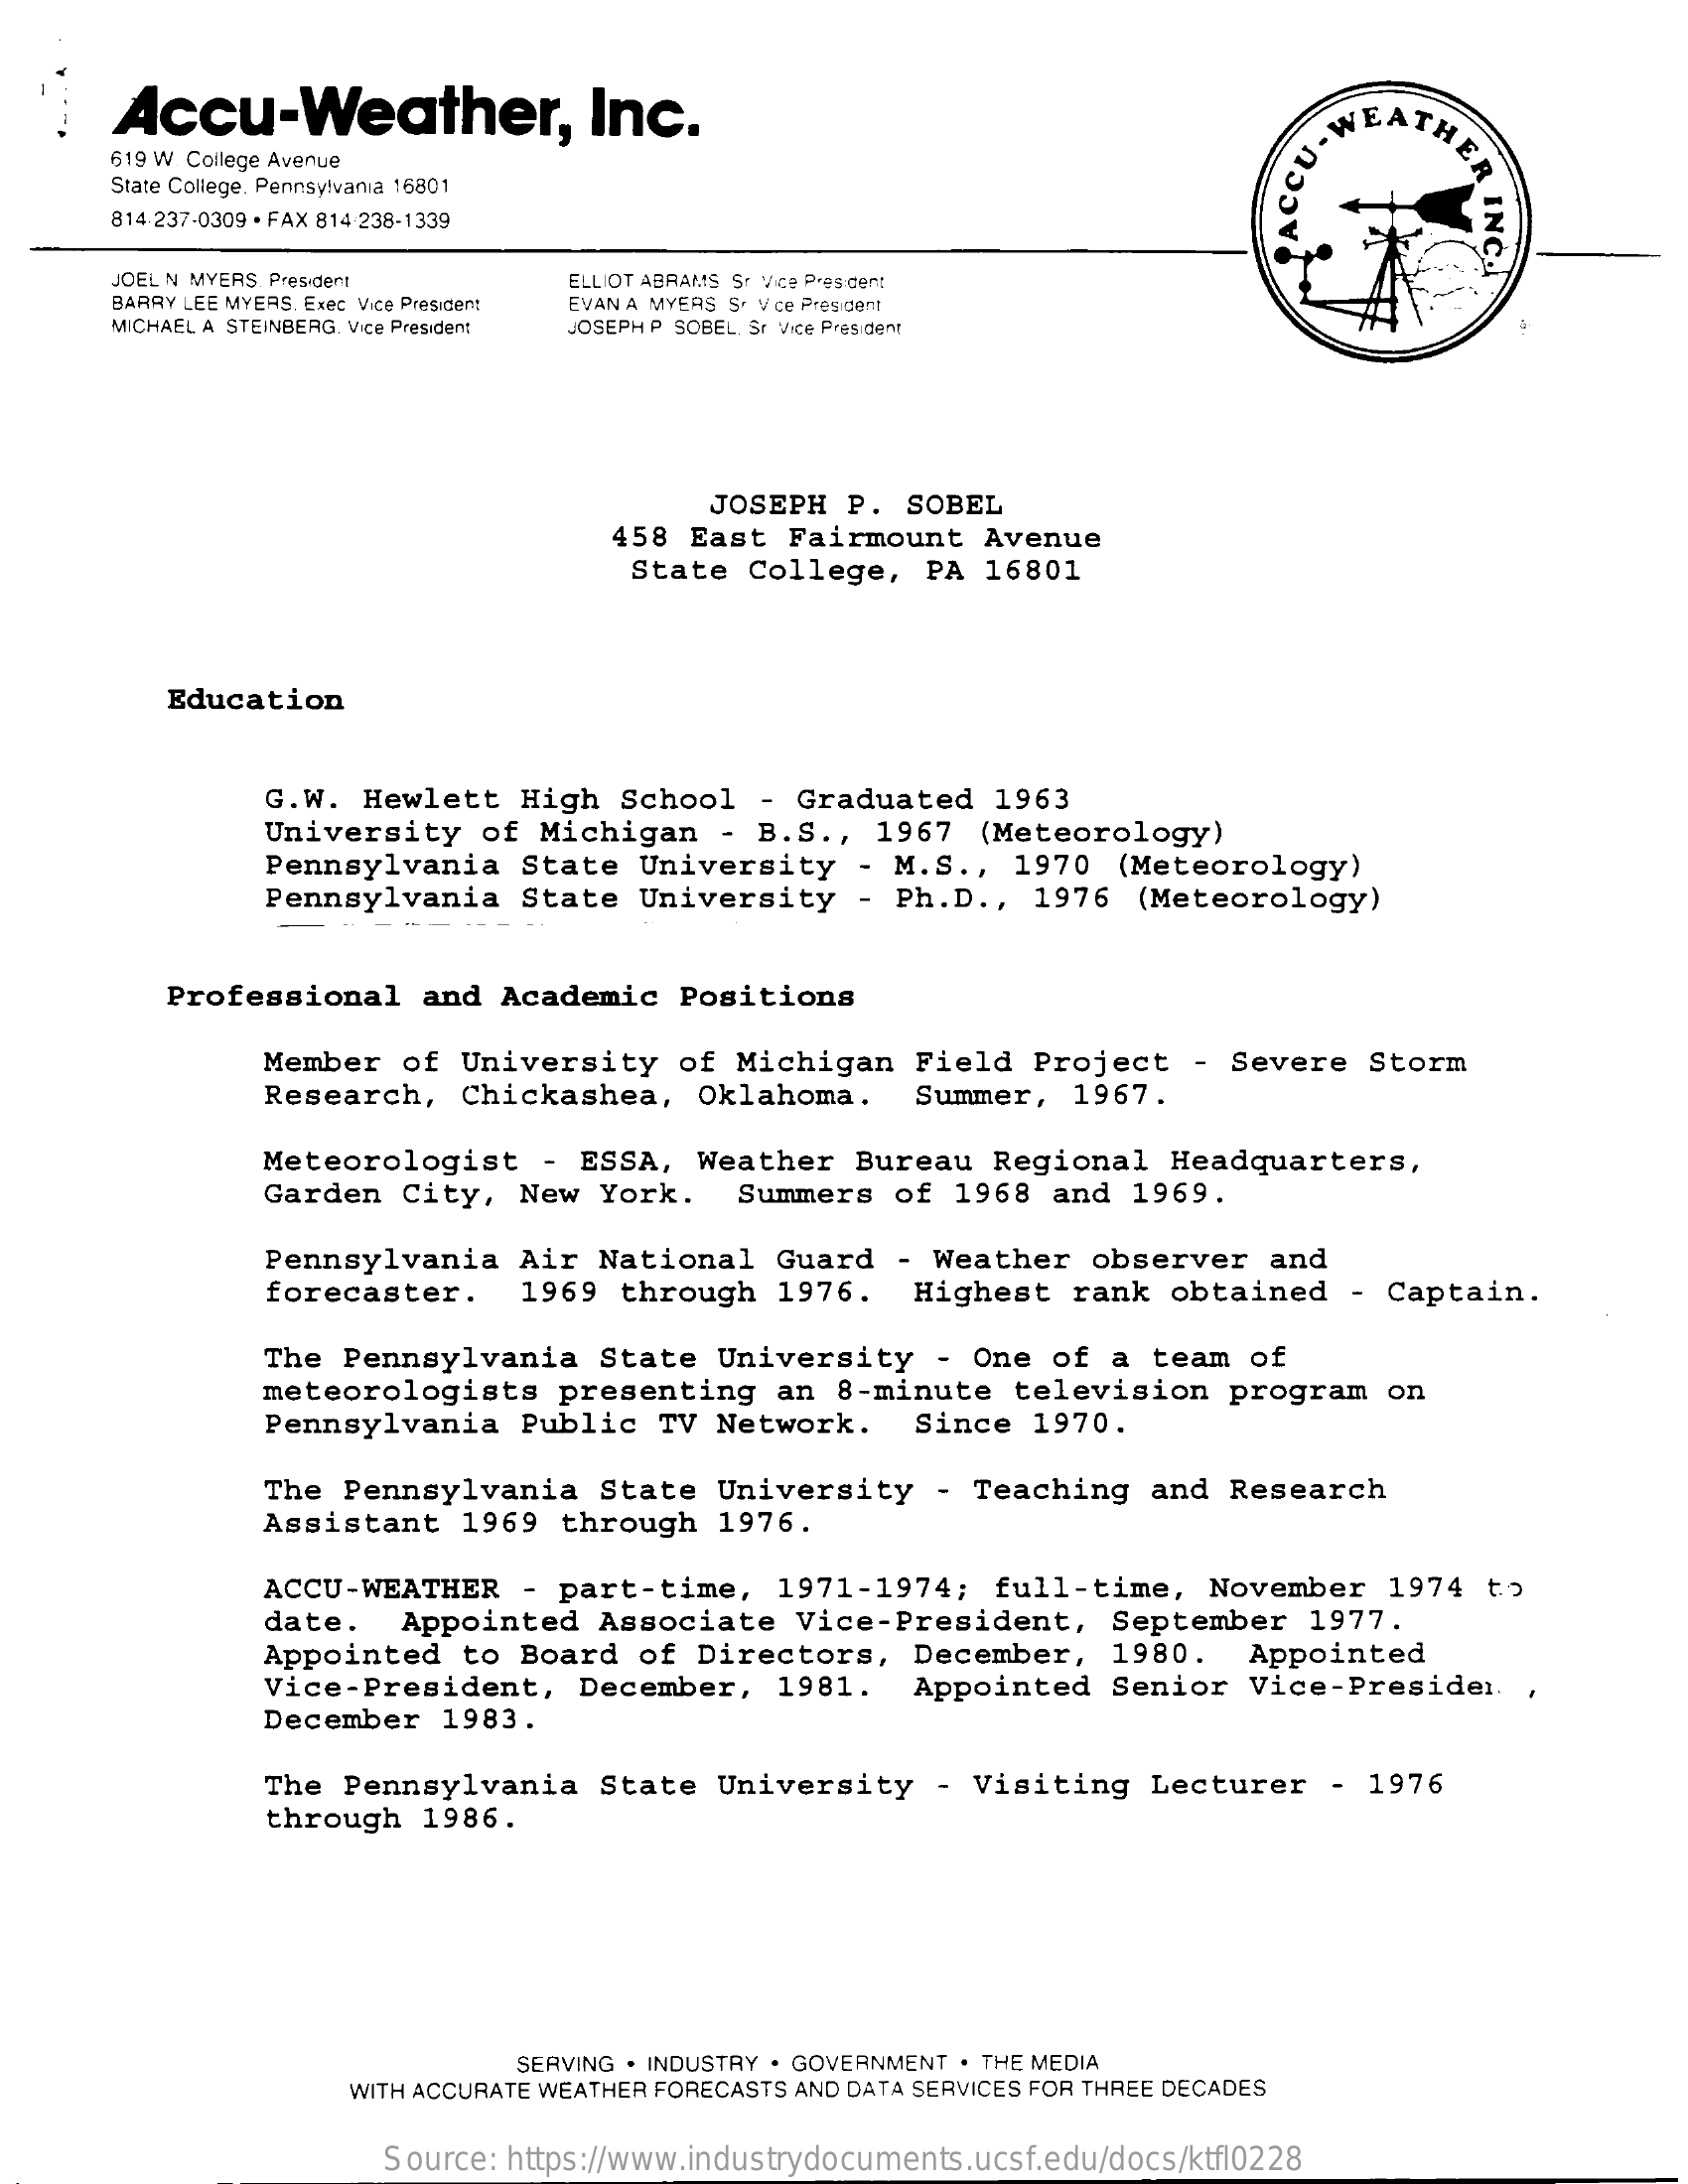
Accu-Weather,    Inc.    WEATHER ER
     INC.
     619 W. College Avenue
     State College. Pennsylvania 15801
     814-237-0309 · FAX 814 238-1339
     ACCU.
     JOEL N MYERS, President    ELLIOT ABRAMS Sr Vice President
     BARRY LEE MYERS. Exec Vice President EVAN A MYERS S. Vice President
     MICHAEL A STEINBERG Vice President JOSEPH P SOBEL Sr Vice President
     JOSEPH   P. SOBEL
     458 East   Fairmount   Avenue
     State  College,    PA 16801
     Education
     G.W.  Hewlett   High   School   - Graduated    1963
     University    of  Michigan   -  B. S ., 1967  (Meteorology)
     Pennsylvania    State  University    - M.S  ., 1970   (Meteorology)
     Pennsylvania    State  University    -  Ph. D ., 1976  (Meteorology)
     Professional    and  Academic    Positions
     Member   of  University    of Michigan    Field   Project   - Severe   Storm
     Research,    Chickashea,    Oklahoma.    Summer,   1967.
     Meteorologist    - ESSA,   Weather   Bureau   Regional   Headquarters,
     Garden   City,  New   York.    Summers  of  1968   and  1969.
     Pennsylvania    Air  National    Guard   - Weather   observer    and
     forecaster.    1969  through   1976.    Highest   rank  obtained    - Captain.
     The  Pennsylvania    State  University    -  One  of  a team  of
     meteorologists    presenting    an  8-minute   television    program   on
     Pennsylvania    Public    TV Network.    Since   1970.
     The  Pennsylvania    State  University    -  Teaching   and  Research
     Assistant    1969  through   1976.
     ACCU-WEATHER    - part-time,    1971-1974;    full-time,    November   1974   to
     date.    Appointed   Associate    Vice-President,    September   1977.
     Appointed    to Board   of  Directors,    December,    1980.
     Vice-President,    December,    1981.
     Appointed
     Appointed    Senior  Vice-Presider    ,
     December   1983.
     The  Pennsylvania    State  University    -  Visiting   Lecturer    - 1976
     through   1986.
     SERVING . INDUSTRY . GOVERNMENT . THE MEDIA
     WITH ACCURATE WEATHER FORECASTS AND DATA SERVICES FOR THREE DECADES
     Source: https://www.industrydocuments.ucsf.edu/docs/ktfl0228